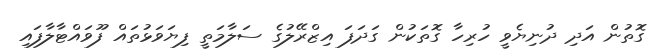
ގޮތުން އަދި ދުނިޔެވީ ހުރިހާ ގޮތަކުން ގަދަފަ އިޒްރޭލުގެ ސަލާމަތީ ފިޔަވަޅުތައް ފޫވައްޓާލާފައި